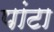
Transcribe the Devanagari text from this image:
पांटा